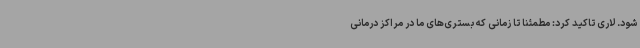
شود. لاری تاکید کرد: مطمئنا تا زمانی که بستری‌های ما در مراکز درمانی